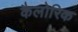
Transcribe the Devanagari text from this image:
कैलोरिक